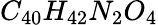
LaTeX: C_{40}H_{42}N_{2}O_{4}